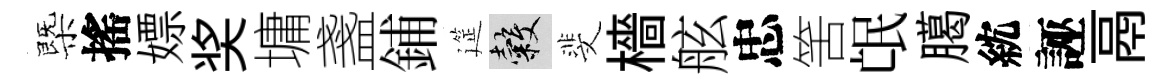
㮣搖嫖奖墉盞鋪筵穀斐檣舷忠筈氓臈紞誣鬲